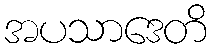
အပသာဒေတိ